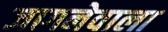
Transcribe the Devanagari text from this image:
जागनेवाला